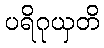
ပရိဂုယှတိ